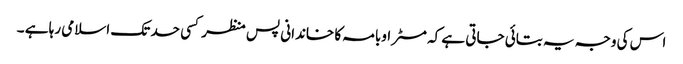
اس کی وجہ یہ بتائی جاتی ہے کہ مسٹر اوبامہ کا خاندانی پس منظر کسی حد تک اسلامی رہا ہے ۔